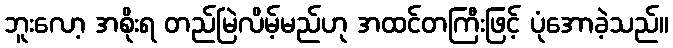
ဘူးလော့ အစိုးရ တည်မြဲလိမ့်မည်ဟု အထင်တကြီးဖြင့် ပုံအောခဲ့သည်။